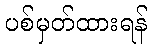
ပစ်မှတ်ထားရန်